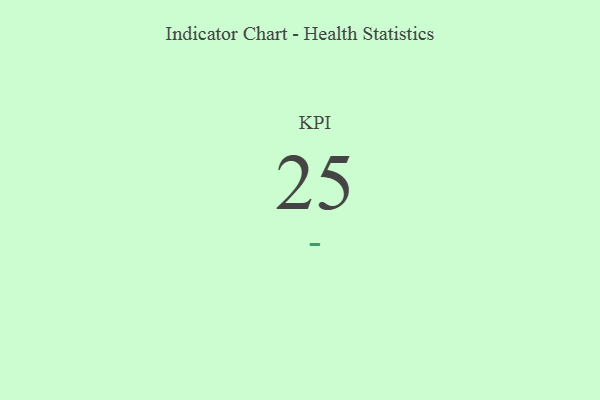
{"axis": {"x": "KPI", "y": "Value"}, "legend": [""], "data": [{"x": "KPI", "y": 25, "type": ""}]}